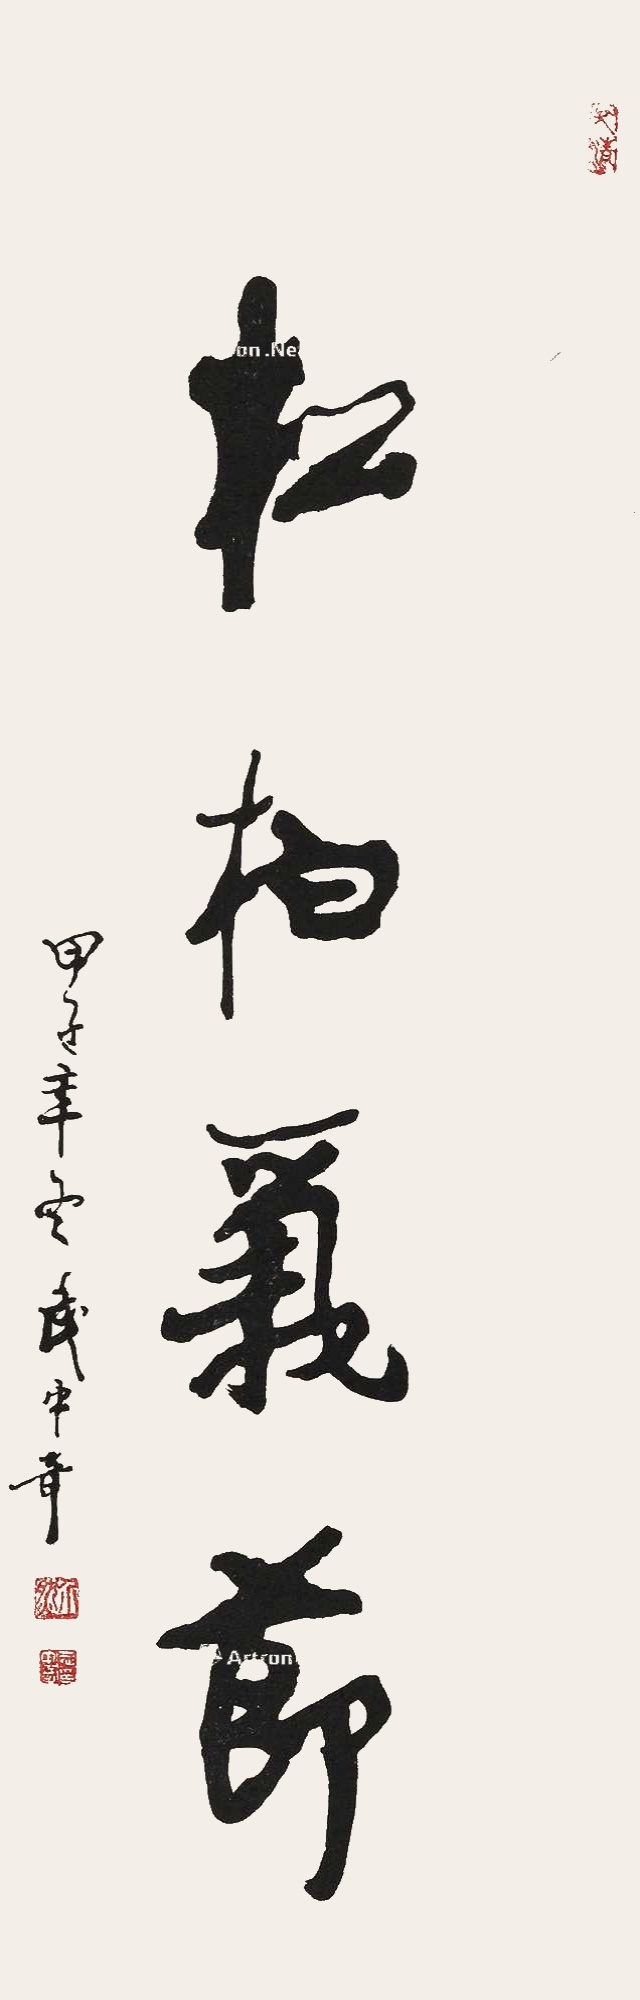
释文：松柏气节甲子年冬，武中奇。